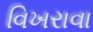
વિખરાવા